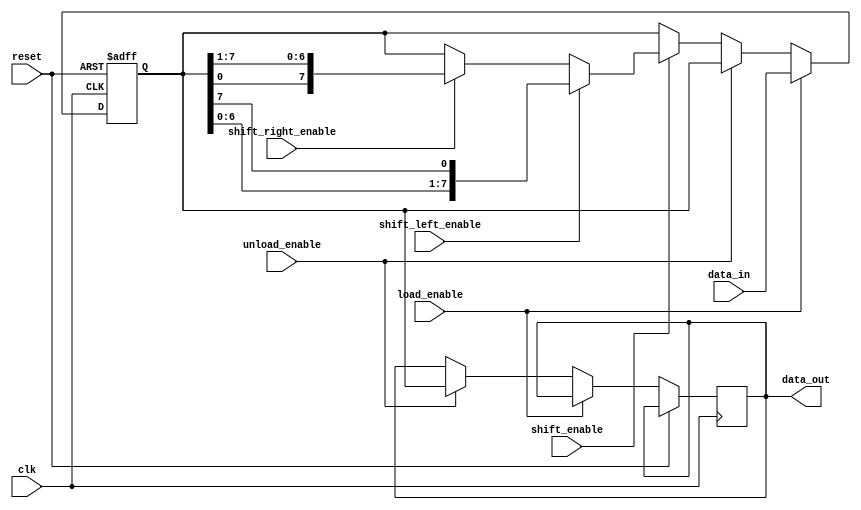
module bidirectional_shift_register (
    input wire clk,
    input wire reset,
    input wire shift_enable,
    input wire shift_left_enable,
    input wire shift_right_enable,
    input wire load_enable,
    input wire unload_enable,
    input wire [7:0] data_in,
    output reg [7:0] data_out
);

reg [7:0] reg_data;

always @(posedge clk or posedge reset) begin
    if (reset) begin
        reg_data <= 8'b00000000;
    end else begin
        if (load_enable) begin
            reg_data <= data_in;
        end else if (unload_enable) begin
            data_out <= reg_data;
        end else if (shift_enable) begin
            if (shift_left_enable) begin
                reg_data <= {reg_data[6:0], reg_data[7]};
            end else if (shift_right_enable) begin
                reg_data <= {reg_data[0], reg_data[7:1]};
            end
        end
    end
end

endmodule